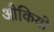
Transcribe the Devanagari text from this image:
ओकियो